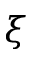
\xi